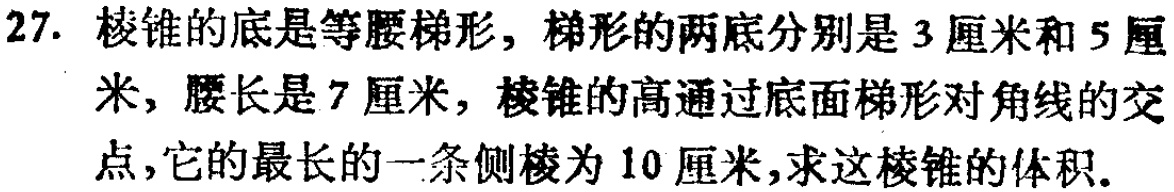
27. 棱锥的底是等腰梯形，梯形的两底分别是 3 厘米和 5 厘米，腰长是 7 厘米，棱锥的高通过底面梯形对角线的交点，它的最长的一条侧棱为 10 厘米，求这棱锥的体积.